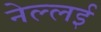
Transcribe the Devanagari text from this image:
नेल्लई